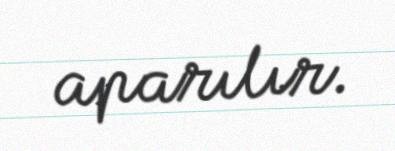
aparılır.